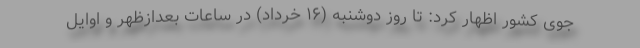
جوی کشور اظهار کرد: تا روز دوشنبه (۱۶ خرداد) در ساعات بعدازظهر و اوایل